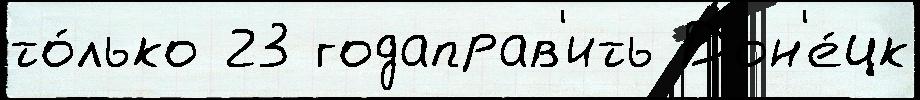
то́лько 23 годаправ'ить Дон'е́цк